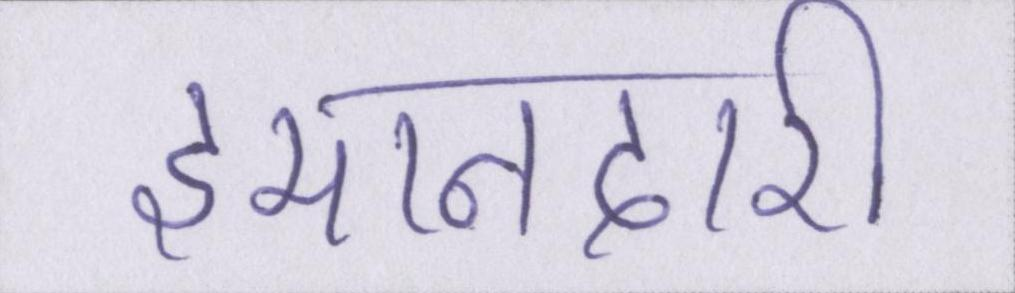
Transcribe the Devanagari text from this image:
इमानदारी